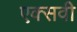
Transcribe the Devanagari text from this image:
एक्सवी